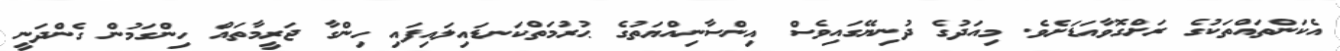
އެކަންތައްތަކުގެ ރަށްގޮވާއަޑަށެވެ. މިއަދުގެ ދުނިޔޭގައިވެސް އިންސާނިއްޔަތުގެ ޙުރުމަތްކަނޑައިލައިފައި ހިންގާ ޖަރީމާތައް ހިންގަމުން ގެންދަނީ